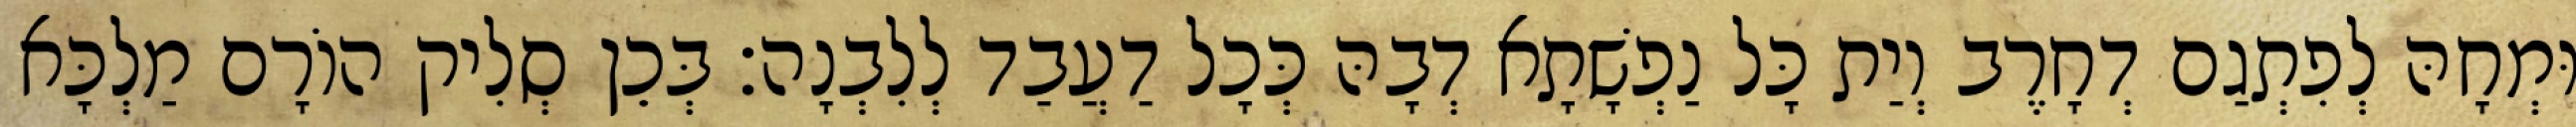
וּמְחָהּ לְפִתְגַם דְחָרֶב וְיַת כָּל נַפְשָׁתָא דְבָהּ כְּכָל דַעֲבַד לְלִבְנָה׃ בְּכֵן סְלִיק הוֹרָם מַלְכָּא